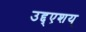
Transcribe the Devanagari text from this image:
उद्द्एशय्